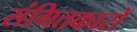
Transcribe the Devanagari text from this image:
संगितकारों